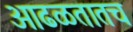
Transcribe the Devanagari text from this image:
आढळतातच